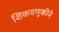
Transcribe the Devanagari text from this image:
शिकवणुकीने